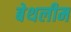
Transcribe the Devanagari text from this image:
बेथलीम